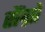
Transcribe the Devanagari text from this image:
सैंग्रो